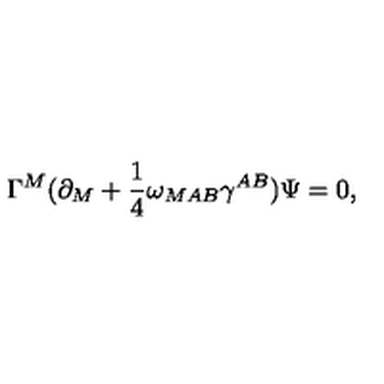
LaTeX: \Gamma ^ { M } ( \partial _ { M } + { \frac { 1 } { 4 } } \omega _ { M A B } \gamma ^ { A B } ) \Psi = 0 ,